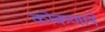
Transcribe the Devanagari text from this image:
कोकणाने